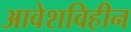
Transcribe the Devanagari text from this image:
आवेशविहीन